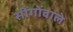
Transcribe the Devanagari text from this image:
सींगोंवाले